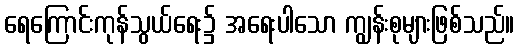
ရေကြောင်းကုန်သွယ်ရေး၌ အရေးပါသော ကျွန်းစုများဖြစ်သည်။